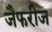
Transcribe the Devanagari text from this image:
जैफरीज